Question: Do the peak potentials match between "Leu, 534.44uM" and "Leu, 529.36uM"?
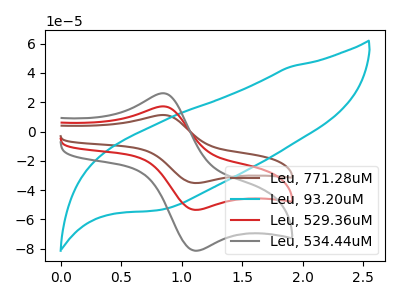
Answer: <think>The brown curve "Leu, 771.28uM" has an anodic peak at (0.85V, 34.35uA) and a cathodic peak at (1.10V, -107.05uA). The cyan curve "Leu, 93.20uM" has no peaks. The red curve "Leu, 529.36uM" has an anodic peak at (0.85V, 17.15uA) and a cathodic peak at (1.10V, -53.50uA). The gray curve "Leu, 534.44uM" has an anodic peak at (0.85V, 26.10uA) and a cathodic peak at (1.10V, -81.40uA).</think>
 <answer>Yes, "Leu, 534.44uM" have a peak in "Leu, 529.36uM" at the same potential.</answer>
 <eval>match</eval>